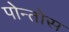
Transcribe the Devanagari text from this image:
पोन्तोस